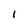
Character: i